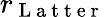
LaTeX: r_{\mathrm{~L~a~t~t~e~r~}}